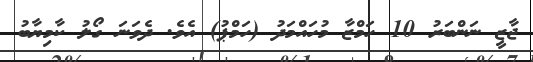
ޖާޒީ ނަންބަރު 10 ހަމްޒާ މުހައްމަދު (ހަމްޕު) އެވެ. ދެވަނަ ގޯލު ކާމިޔާބު